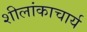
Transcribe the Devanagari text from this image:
शीलांकाचार्य